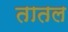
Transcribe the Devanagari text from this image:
तातल